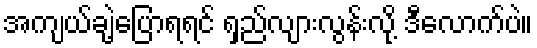
အကျယ်ချဲ့ပြောရရင် ရှည်လျားလွန်းလို့ ဒီလောက်ပဲ။